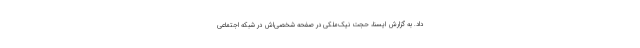
داد. به گزارش ایسنا، حجت نیک‌ملکی در صفحه شخصی‌اش در شبکه اجتماعی